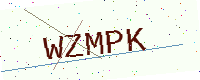
Text: WZMPK